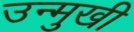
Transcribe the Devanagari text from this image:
उन्‍मुखी